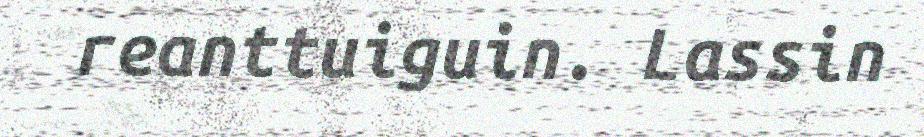
reanttuiguin. Lassin